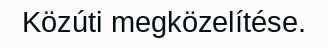
Közúti megközelítése.